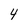
Character: 4